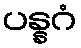
ပန္နဂံ